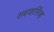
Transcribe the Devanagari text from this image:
सबव्हर्सिव्ह